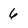
Character: 6